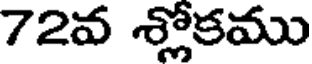
72వ శ్లోకము